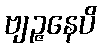
ဗျဉ္ဇနေပိ